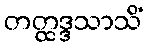
တတ္ထဒ္ဒသာသိံ